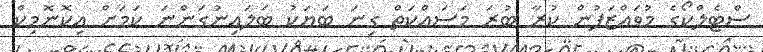
ސްޓެލްކޯގެ މުވައްޒަފުން ކުރާ ބުރަ މަސައްކަތް ގިނަ ބަޔަކު ބަލައިނުގަންނަ ކަމަށް އިކޮނޮމިކް